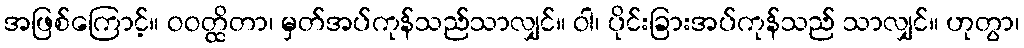
အဖြစ်ကြောင့်။ ဝဝတ္ထိတာ၊ မှတ်အပ်ကုန်သည်သာလျှင်။ ဝါ၊ ပိုင်းခြားအပ်ကုန်သည် သာလျှင်။ ဟုတွာ၊